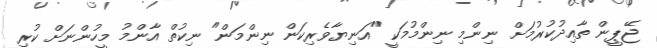
ޖޭޕީން ތާއިދުކުރުމަށް ނިންމި ނިންމުމަކީ "އަނިޔާވެރިކަން ނިންމަން" ނިކުތް އާންމު މީހުންނަށް ކުރި